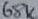
Text: 68K